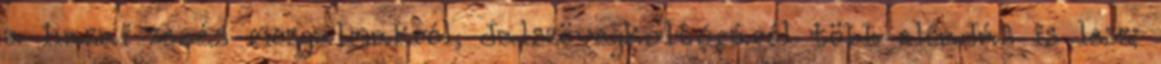
a hazai zenés mozgalmakról, dalszövegkultúráról több előadás is lesz: